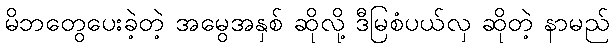
မိဘတွေပေးခဲ့တဲ့ အမွေအနှစ် ဆိုလို့ ဒီမြစံပယ်လှ ဆိုတဲ့ နာမည်